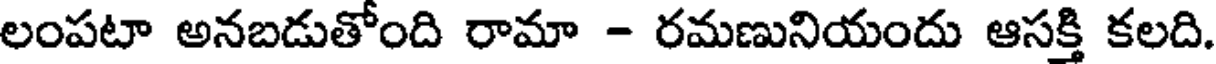
లంపటా అనబడుతోంది రామా - రమణునియందు ఆసక్తి కలది.